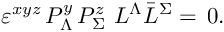
\varepsilon ^ { x y z } \, P _ { \Lambda } ^ { y } \, P _ { \Sigma } ^ { z } \, \, L ^ { \Lambda } \bar { L } ^ { \Sigma } = \, 0 .